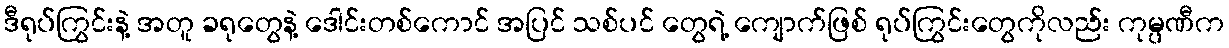
ဒီရုပ်ကြွင်းနဲ့ အတူ ခရုတွေနဲ့ ဒေါင်းတစ်ကောင် အပြင် သစ်ပင် တွေရဲ့ ကျောက်ဖြစ် ရုပ်ကြွင်းတွေကိုလည်း ကုမ္ပဏီက